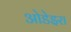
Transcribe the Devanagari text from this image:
ओडेइरा